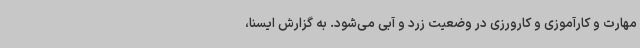
مهارت و کارآموزی و کارورزی در وضعیت زرد و آبی می‌شود. به گزارش ایسنا،